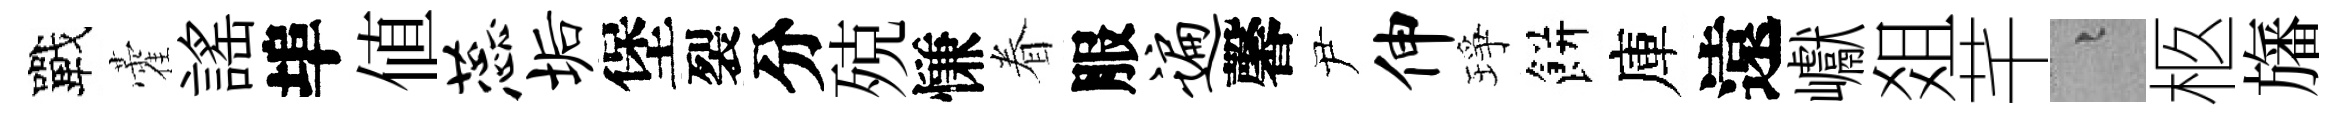
戰藿謡埠值蕊垢堡裂分殑慊眷服遍馨尹伸琤餅庫遠巘爼芊融柩旛